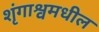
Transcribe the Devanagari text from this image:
शृंगाश्वमधील